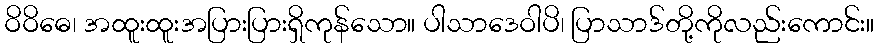
ဝိဝိဓေ၊ အထူးထူးအပြားပြားရှိကုန်သော။ ပါသာဒေဝါပိ၊ ပြာသာဒ်တို့ကိုလည်းကောင်း။